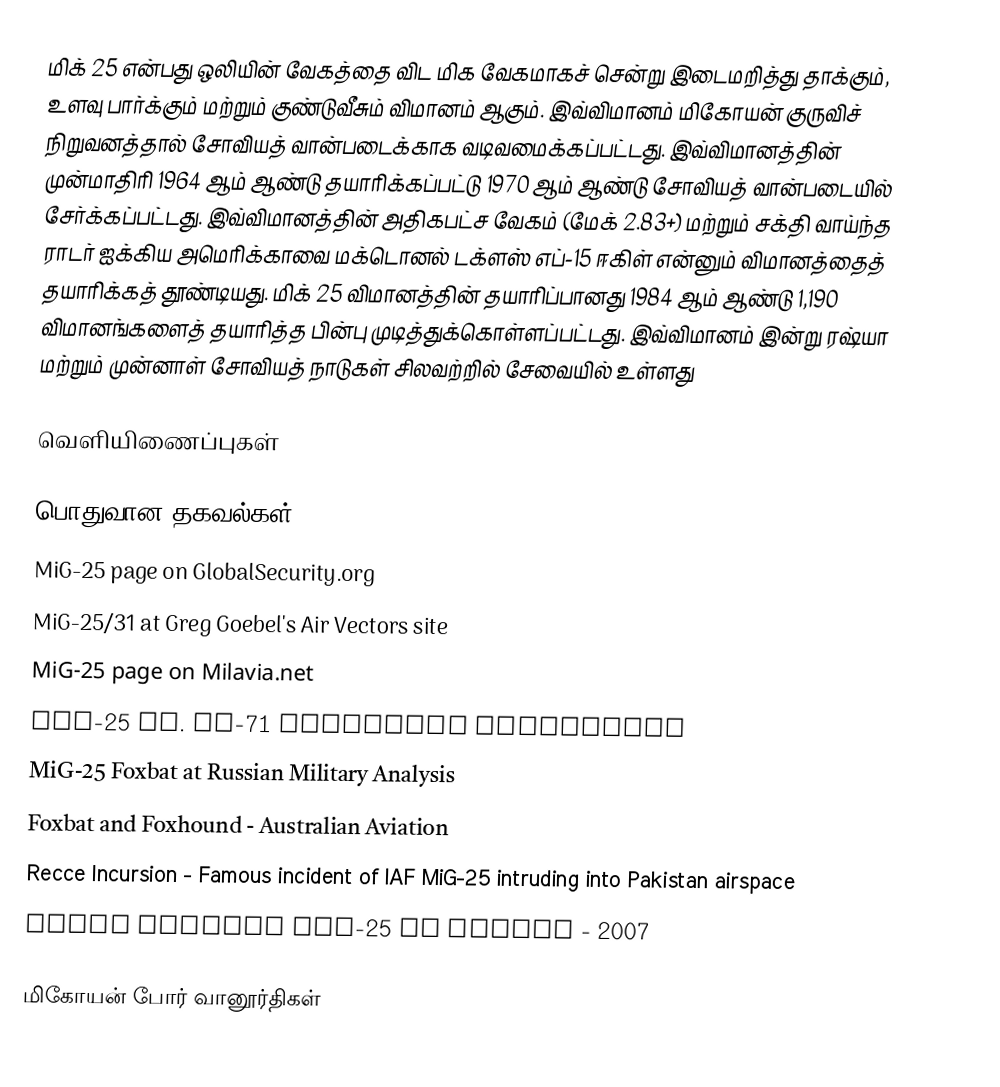
மிக் 25 என்பது ஒலியின் வேகத்தை விட மிக வேகமாகச் சென்று இடைமறித்து தாக்கும், உளவு பார்க்கும் மற்றும் குண்டுவீசும் விமானம் ஆகும். இவ்விமானம் மிகோயன் குருவிச் நிறுவனத்தால் சோவியத் வான்படைக்காக வடிவமைக்கப்பட்டது. இவ்விமானத்தின் முன்மாதிரி 1964 ஆம் ஆண்டு தயாரிக்கப்பட்டு 1970 ஆம் ஆண்டு சோவியத் வான்படையில் சேர்க்கப்பட்டது. இவ்விமானத்தின் அதிகபட்ச வேகம் (மேக் 2.83+) மற்றும் சக்தி வாய்ந்த ராடர் ஐக்கிய அமெரிக்காவை மக்டொனல் டக்ளஸ் எப்-15 ஈகிள் என்னும் விமானத்தைத் தயாரிக்கத் தூண்டியது. மிக் 25 விமானத்தின் தயாரிப்பானது 1984 ஆம் ஆண்டு 1,190 விமானங்களைத் தயாரித்த பின்பு முடித்துக்கொள்ளப்பட்டது. இவ்விமானம் இன்று ரஷ்யா மற்றும் முன்னாள் சோவியத் நாடுகள் சிலவற்றில் சேவையில் உள்ளது

வெளியிணைப்புகள்

பொதுவான தகவல்கள்
 MiG-25 page on GlobalSecurity.org
 MiG-25/31 at Greg Goebel's Air Vectors site
 MiG-25 page on Milavia.net
 MiG-25 vs. SR-71 Blackbird discussion
 MiG-25 Foxbat at Russian Military Analysis
 Foxbat and Foxhound - Australian Aviation
 Recce Incursion - Famous incident of IAF MiG-25 intruding into Pakistan airspace
 Photo Russian MiG-25 in flight - 2007

மிகோயன் போர் வானூர்திகள்